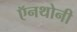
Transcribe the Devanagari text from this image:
ऍनथोनी